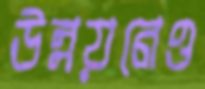
উন্নয়নেও